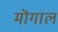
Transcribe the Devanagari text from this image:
मॊगाल